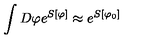
\int D \varphi e ^ { S [ \varphi ] } \approx e ^ { S [ \varphi _ { 0 } ] }